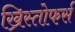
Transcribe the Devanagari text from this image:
ख्रिस्तोफर्स